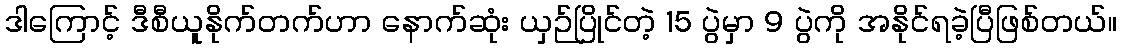
ဒါကြောင့် ဒီစီယူနိုက်တက်ဟာ နောက်ဆုံး ယှဉ်ပြိုင်တဲ့ 15 ပွဲမှာ 9 ပွဲကို အနိုင်ရခဲ့ပြီဖြစ်တယ်။